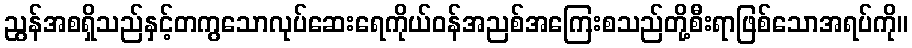
ညွန်အစရှိသည်နှင့်တကွသောလုပ်ဆေးရေကိုယ်ဝန်အညစ်အကြေးစသည်တို့စီးရာဖြစ်သောအရပ်ကို။